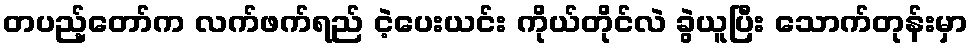
တပည့်တော်က လက်ဖက်ရည် ငဲ့ပေးယင်း ကိုယ်တိုင်လဲ ခွဲယူပြီး သောက်တုန်းမှာ